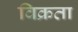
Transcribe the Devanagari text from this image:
विक्रता